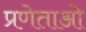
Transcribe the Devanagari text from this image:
प्रणेताओ